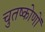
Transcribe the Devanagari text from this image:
चुतष्कोणों